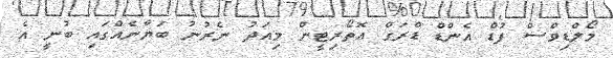
މޯލްޑިވްސް ފުޑް އެންޑް ޑްރަގް އޮތޯރިޓީން މިއަދު ނެރުނު ބަޔާނެއްގައި ބުނީ އެ